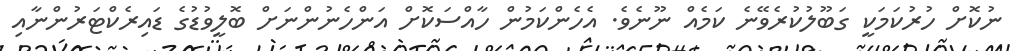
ނުކޮށް ހުރުކަމަކީ ގަބޫލުކުރެވޭނެ ކަމެއް ނޫނެވެ. އެހެންކަމުން ހާއްސަކޮށް އަންހެނުންނަށް ބޮލީވުޑުގެ ޑައިރެކްޓަރުންނާއި